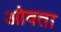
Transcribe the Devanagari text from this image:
ओवता